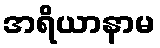
အရိယာနာမ